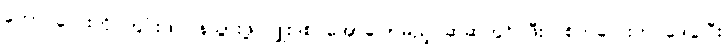
ကောင်လေးကို ကွင်းထဲပြန်သွားဖို့ ဂျူးဒစ် အော်ပြောမည့် ဆဲဆဲတွင် ဖီးလစ်ကလေးက ဒေါပွပြီး